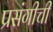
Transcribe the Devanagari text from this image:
प्रसंगीची